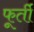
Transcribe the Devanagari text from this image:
फूर्ती